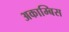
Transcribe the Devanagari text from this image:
अकाम्बिस